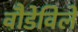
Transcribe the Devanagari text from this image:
वौडेविले